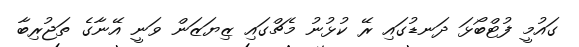
ގައުމީ ފުޓްބޯޅަ ދަނޑުގައި ރޭ ކުޅުނު މެޗްގައި ޒިޔަޒަން ވަނީ އޭނާގެ ތަޖުރިބާ